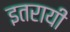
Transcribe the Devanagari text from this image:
इतरायी